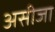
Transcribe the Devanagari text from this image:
असीजा